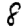
Digit: 8